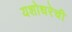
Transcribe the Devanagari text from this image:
यशोधरेची